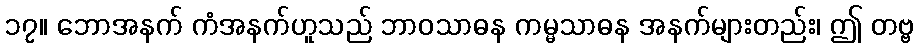
၁၇။ ဘောအနက် ကံအနက်ဟူသည် ဘာဝသာဓန ကမ္မသာဓန အနက်များတည်း၊ ဤ တဗ္ဗ